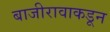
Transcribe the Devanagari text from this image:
बाजीरावाकडून